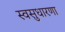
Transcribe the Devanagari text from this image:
स्वसुधारणा